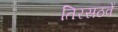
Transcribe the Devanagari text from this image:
तिरसठवें